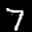
Label: 7